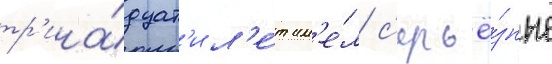
тр'ина́дцат'и л'е́т им'е́л с'ерьё́зные